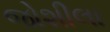
જોશીલા